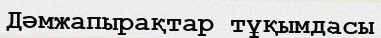
Дәмжапырақтар тұқымдасы